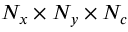
N _ { x } \times N _ { y } \times N _ { c }